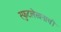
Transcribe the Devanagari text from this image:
स्फुटलेखनाची